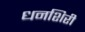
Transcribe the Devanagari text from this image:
धनशिरी